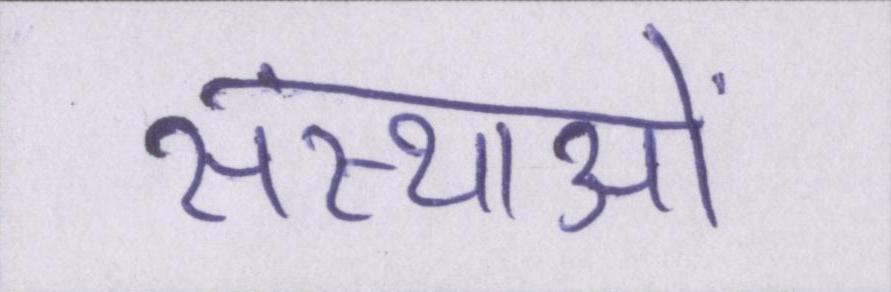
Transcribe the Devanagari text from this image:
संस्थाओं